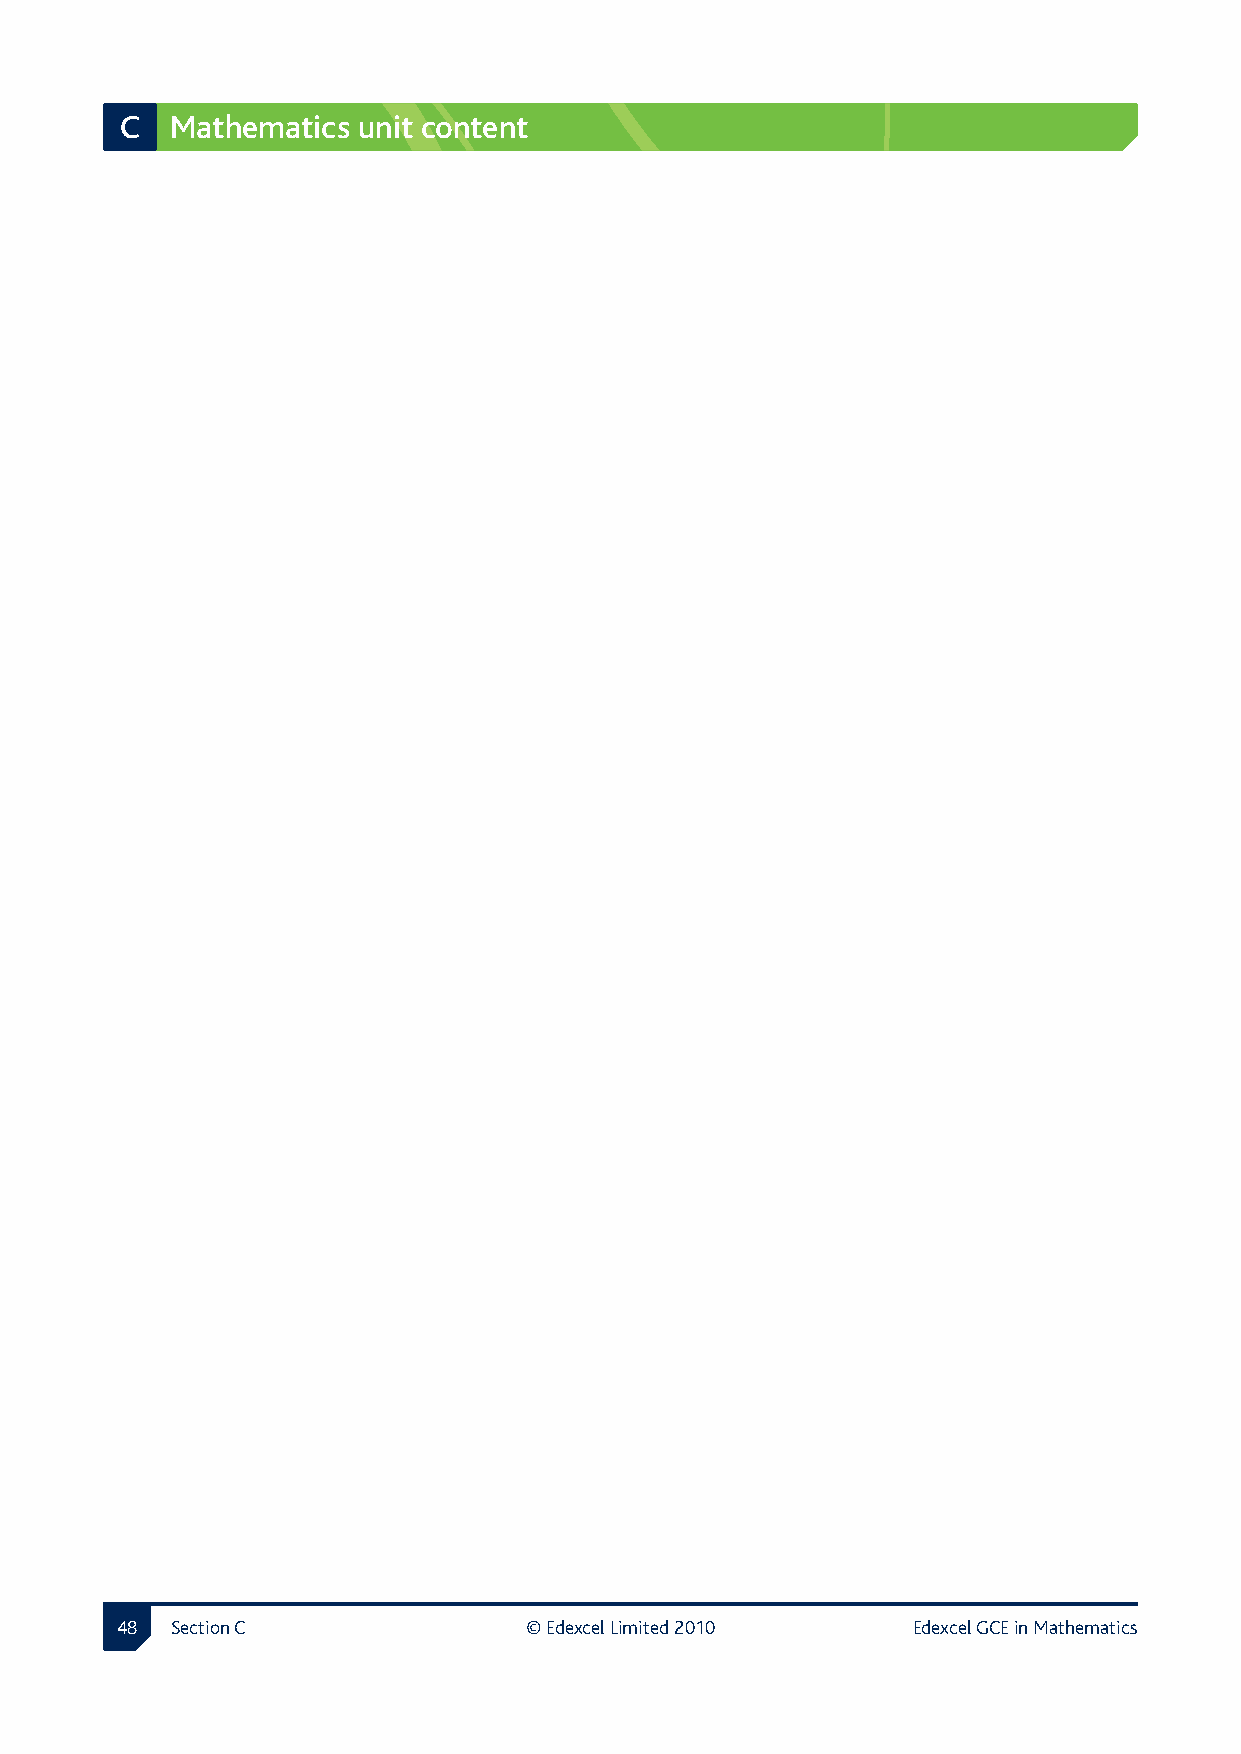
C  Mathematics  unit content
  Section C               © Edexcel Limited 2010   Edexcel GCE in Mathematics